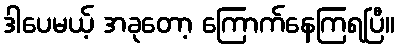
ဒါပေမယ့် အခုတော့ ကြောက်နေကြရပြီ။